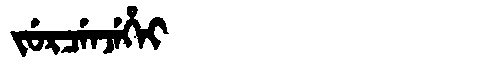
Manchu: ᠵᡠᡵᠴᡝᠨᠵᡝᡥᡝᡳ
Romanization: JURCENJEHEI